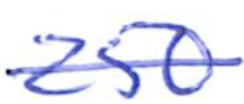
Text: 250
Cross-out: single-line
Writing tool: ballpoint